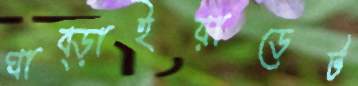
ঘাব্‌ড়াইয়াডেট